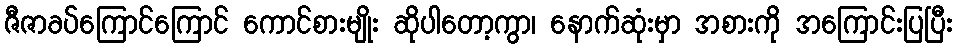
ဇီဇာခပ်ကြောင်ကြောင် ကောင်စားမျိုး ဆိုပါတော့ကွာ၊ နောက်ဆုံးမှာ အစားကို အကြောင်းပြပြီး